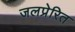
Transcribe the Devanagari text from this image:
जलप्रेरित